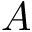
A